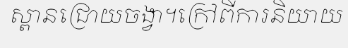
ស្ពានជ្រោយចង្វា។ក្រៅពីការនិយាយ